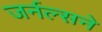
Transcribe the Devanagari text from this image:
जर्नल्सने